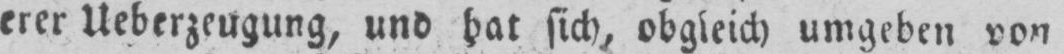
sich, obgleich umgeben von